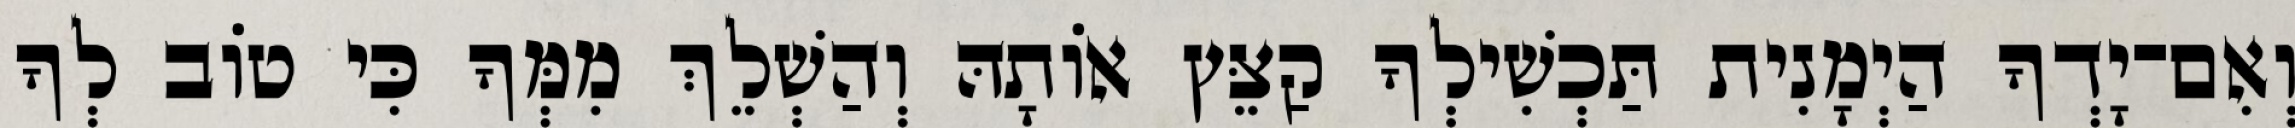
וְאִם־יָדְךָ הַיְמָנִית תַּכְשִׁילְךָ קַצֵּץ אוֹתָהּ וְהַשְׁלֵךְ מִמְּךָ כִּי טוֹב לְךָ